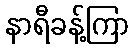
နာရီခန့်ကြာ